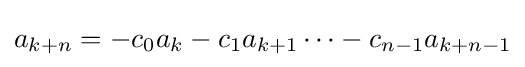
a_{k+n}=-c_{0}a_{k}-c_{1}a_{k+1}\cdots -c_{n-1}a_{k+n-1}